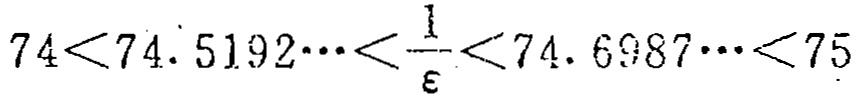
\(74<74.\dot{5}192\cdots<\frac{1}{\varepsilon}<74.6987\cdots<75\)